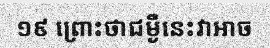
១៩ ព្រោះថាជម្ងឺនេះវាអាច